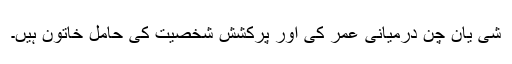
شی یان چن درمیانی عمر کی اور پُرکشش شخصیت کی حامل خاتون ہیں۔